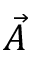
\vec { A }